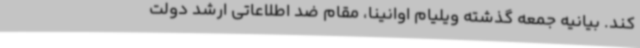
کند. بیانیه جمعه گذشته ویلیام اوانینا، مقام ضد اطلاعاتی ارشد دولت